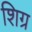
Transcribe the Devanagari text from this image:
शिग्र